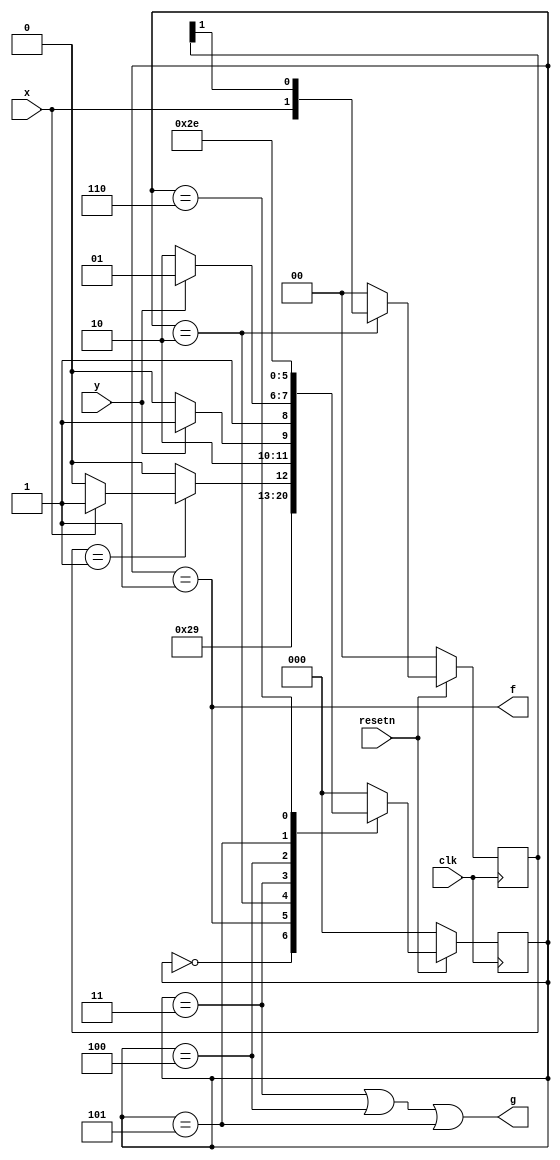
module top_module (
    input clk,
    input resetn,    // active-low synchronous reset
    input x,
    input y,
    output f,
    output g
); 
    parameter A=0, B=1, C=2, D=3, E=4, F=5, G=6;
    reg [2:0] ps, ns;
    reg [1:0] reg_x;
    
    always @(posedge clk) begin
        if(!resetn)
            ps <= A;
        else
            ps <= ns;
    end
    
    always @(*) begin
        case(ps)
            A: ns = B;
            B: ns = C;
            C: ns = reg_x==2'b01 ? (x ? D : C) : C;
            D: ns = y ? F : E;
            E: ns = y ? F : G;
            F: ns = F;
            G: ns = G;
            default: ns = A;
        endcase
    end
    
    always @(posedge clk) begin
        if(!resetn)
            reg_x <= 0;
        else if(ps==C)
            reg_x <= {x, reg_x[1]};
        else
            reg_x <= 0;
    end
    
    assign f = ps==B;
    assign g = ps==D | ps==E | ps==F;

endmodule